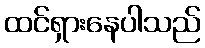
ထင်ရှားနေပါသည်